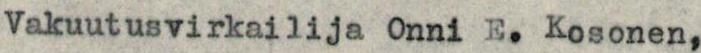
Vakuutusvirkailija Onni E.Kosonen,